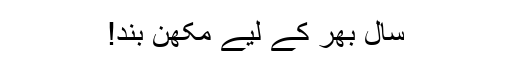
سال بھر کے لیے مکھّن بند!